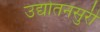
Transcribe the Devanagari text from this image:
उद्योतनसुरी